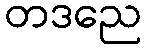
တဒညေ